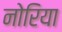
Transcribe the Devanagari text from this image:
नोरिया